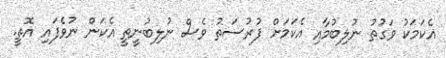
އެކަމަކު ވަގުތު ނުލިބުމާއި އެކަމަށް ފުރުސަތު ވެސް ނުލިބުނީތީ އެކަން ނުވެފައި އޮތީ.